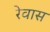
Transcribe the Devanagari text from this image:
रेवास